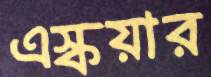
এস্কয়ার